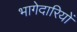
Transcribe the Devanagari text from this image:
भागेदारियों